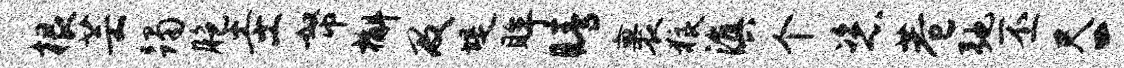
根芸躅胞圭帑槲及堤眸睛裹狼滇个恣巷弛丕尺二